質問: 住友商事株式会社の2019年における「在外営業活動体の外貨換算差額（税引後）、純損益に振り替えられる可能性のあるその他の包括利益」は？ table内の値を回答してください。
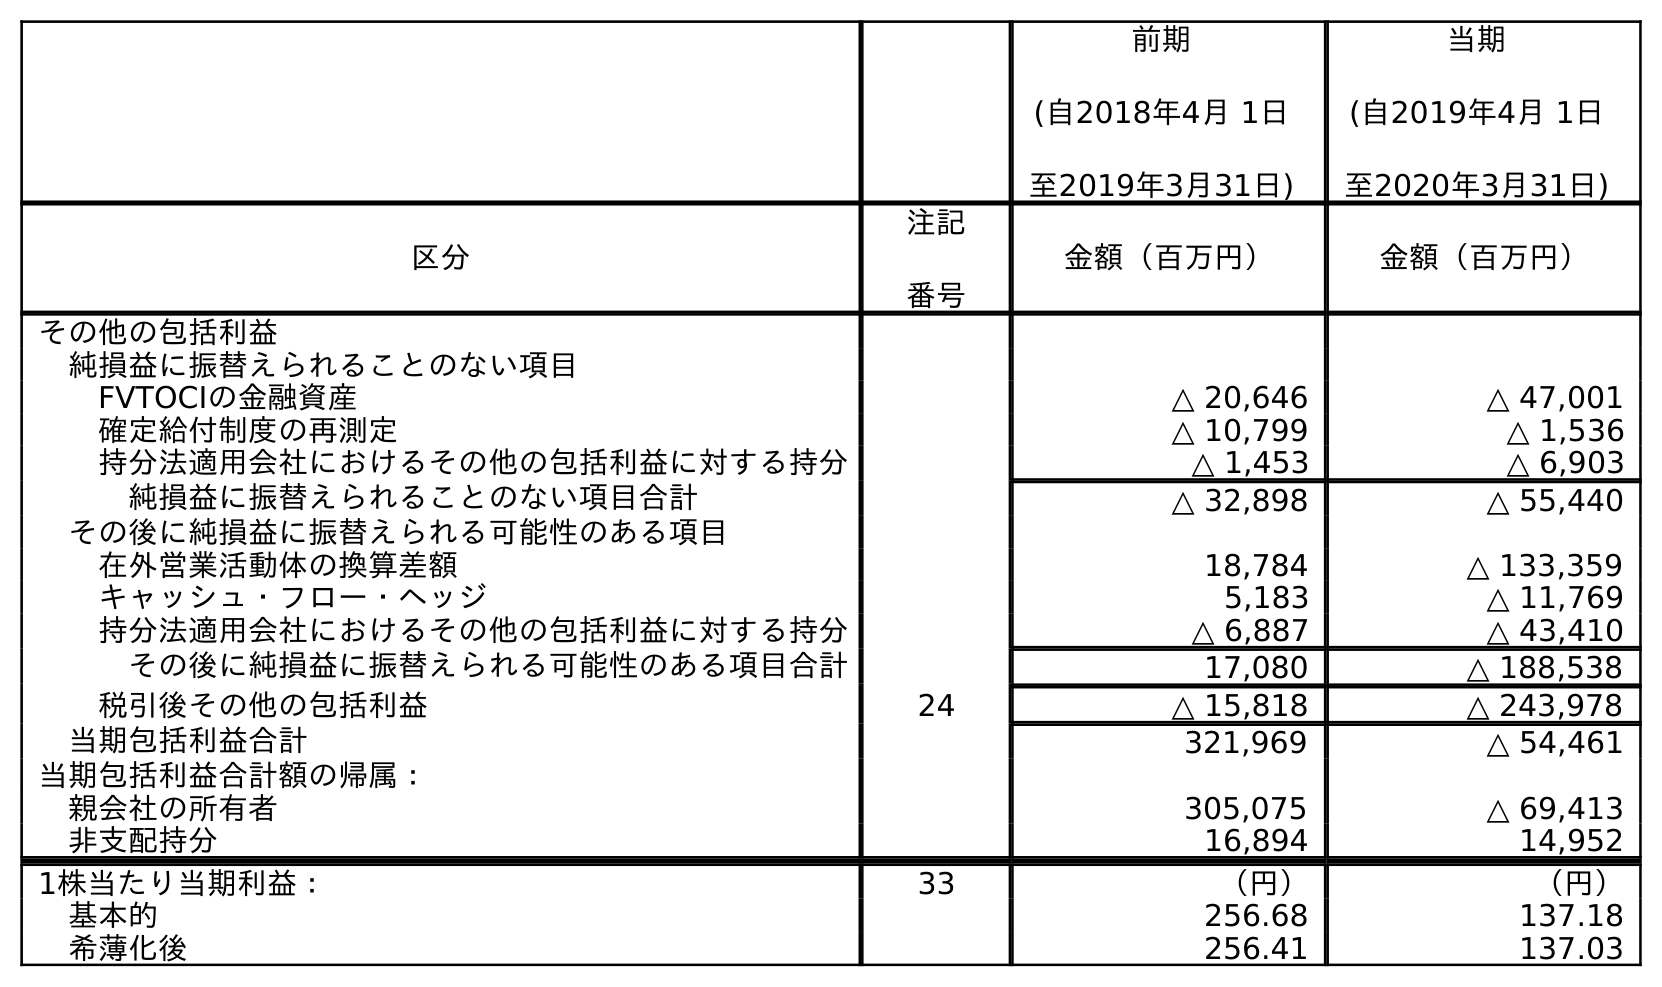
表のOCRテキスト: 前期 (自2018年4月 1日 至2019年3月31日) 当期 (自2019年4月 1日 至2020年3月31日) 区分 注記 番号 金額（百万円） 金額（百万円） その他の包括利益 純損益に振替えられることのない項目 FVTOCIの金融資産 △ 20,646 △ 47,001 確定給付制度の再測定 △ 10,799 △ 1,536 持分法適用会社におけるその他の包括利益に対する持分 △ 1,453 △ 6,903 純損益に振替えられることのない項目合計 △ 32,898 △ 55,440 その後に純損益に振替えられる可能性のある項目 在外営業活動体の換算差額 18,784 △ 133,359 キャッシュ・フロー・ヘッジ 5,183 △ 11,769 持分法適用会社におけるその他の包括利益に対する持分 △ 6,887 △ 43,410 その後に純損益に振替えられる可能性のある項目合計 17,080 △ 188,538 税引後その他の包括利益 24 △ 15,818 △ 243,978 当期包括利益合計 321,969 △ 54,461 当期包括利益合計額の帰属： 親会社の所有者 305,075 △ 69,413 非支配持分 16,894 14,952 1株当たり当期利益： 33 （円） （円） 基本的 256.68 137.18 希薄化後 256.41 137.03
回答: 18,784